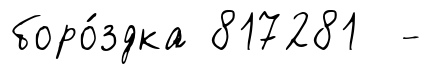
боро́здка 817281 -